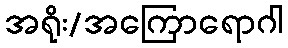
အရိုး/အကြောရောဂါ